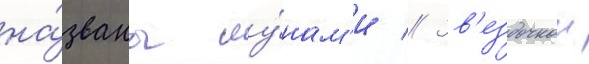
на́званы лу́нам'и // Зв'ездочкои